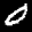
Label: 0